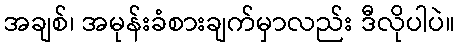
အချစ်၊ အမုန်းခံစားချက်မှာလည်း ဒီလိုပါပဲ။